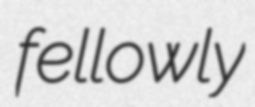
fellowly